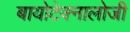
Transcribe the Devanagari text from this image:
बायोटेक्नालोजी